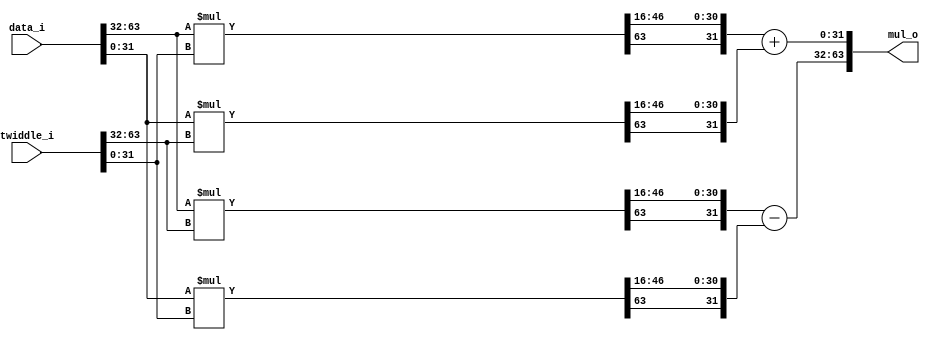
`timescale 1ns / 1ps
//////////////////////////////////////////////////////////////////////////////////
// Company:
// Engineer:
//
// Design Name:
// Module Name: complex_mul
// Project Name: SDF_FFT_1024
// Target Devices:
// Tool Versions:
// Description: Complex Multiplier
//
// Dependencies:
//
// Revision:
// Revision 0.01 - File Created
// Additional Comments:
//
//////////////////////////////////////////////////////////////////////////////////


module complex_mul #(
    parameter   integer     DATA_WIDTH          = 64,
    parameter   integer     TWIDDLE_WIDTH       = 64,
    parameter   integer     TWIDDLE_SCALE_SHIFT = 16
)(
    input   wire    signed  [DATA_WIDTH-1 : 0]      data_i,
    input   wire    signed  [TWIDDLE_WIDTH-1 : 0]   twiddle_i,
    output  wire    signed  [DATA_WIDTH-1 : 0]      mul_o
);

    //-----------------------wire define-----------------------//
    wire    signed  [DATA_WIDTH/2-1 : 0]                  data_real;
    wire    signed  [DATA_WIDTH/2-1 : 0]                  data_imag;
    wire    signed  [TWIDDLE_WIDTH/2-1 : 0]               twiddle_real;
    wire    signed  [TWIDDLE_WIDTH/2-1 : 0]               twiddle_imag;

    wire    signed  [DATA_WIDTH/2+TWIDDLE_WIDTH/2-1 : 0]      drtr;             //data real * twiddle real
    wire    signed  [DATA_WIDTH/2+TWIDDLE_WIDTH/2-1 : 0]      drti;             //data real * twiddle image
    wire    signed  [DATA_WIDTH/2+TWIDDLE_WIDTH/2-1 : 0]      ditr;             //data image * twiddle real
    wire    signed  [DATA_WIDTH/2+TWIDDLE_WIDTH/2-1 : 0]      diti;             //data image * twiddle image

    wire    signed  [DATA_WIDTH/2+TWIDDLE_WIDTH/2-1 : 0]      sc_drtr;          //drtr after scaling
    wire    signed  [DATA_WIDTH/2+TWIDDLE_WIDTH/2-1 : 0]      sc_drti;          //drti after scaling
    wire    signed  [DATA_WIDTH/2+TWIDDLE_WIDTH/2-1 : 0]      sc_ditr;          //ditr after scaling
    wire    signed  [DATA_WIDTH/2+TWIDDLE_WIDTH/2-1 : 0]      sc_diti;          //diti after scaling

    wire    signed  [DATA_WIDTH/2-1 : 0]                  cut_drtr;         //sc_drtr after cut
    wire    signed  [DATA_WIDTH/2-1 : 0]                  cut_drti;         //sc_drti after cut
    wire    signed  [DATA_WIDTH/2-1 : 0]                  cut_ditr;         //sc_ditr after cut
    wire    signed  [DATA_WIDTH/2-1 : 0]                  cut_diti;         //sc_diti after cut

    wire    signed  [DATA_WIDTH/2-1 : 0]                  result_real;      //result real
    wire    signed  [DATA_WIDTH/2-1 : 0]                  result_imag;      //result image

    assign data_real    = data_i[(DATA_WIDTH-1) -: (DATA_WIDTH/2)];
    assign data_imag    = data_i[0 +: (DATA_WIDTH/2)];
    assign twiddle_real = twiddle_i[(TWIDDLE_WIDTH-1) -: (TWIDDLE_WIDTH/2)];
    assign twiddle_imag = twiddle_i[0 +: (TWIDDLE_WIDTH/2)];

    //-----------------------signed mul logic-----------------------//
    assign drtr = data_real * twiddle_real;
    assign drti = data_real * twiddle_imag;
    assign ditr = data_imag * twiddle_real;
    assign diti = data_imag * twiddle_imag;

    //-----------------------scale logic-----------------------//
    assign sc_drtr = drtr >>> TWIDDLE_SCALE_SHIFT;
    assign sc_drti = drti >>> TWIDDLE_SCALE_SHIFT;
    assign sc_ditr = ditr >>> TWIDDLE_SCALE_SHIFT;
    assign sc_diti = diti >>> TWIDDLE_SCALE_SHIFT;

    //-----------------------cut bit logic-----------------------//
    assign cut_drtr = {sc_drtr[DATA_WIDTH/2+TWIDDLE_WIDTH/2-1], sc_drtr[DATA_WIDTH/2-2 : 0]};
    assign cut_drti = {sc_drti[DATA_WIDTH/2+TWIDDLE_WIDTH/2-1], sc_drti[DATA_WIDTH/2-2 : 0]};
    assign cut_ditr = {sc_ditr[DATA_WIDTH/2+TWIDDLE_WIDTH/2-1], sc_ditr[DATA_WIDTH/2-2 : 0]};
    assign cut_diti = {sc_diti[DATA_WIDTH/2+TWIDDLE_WIDTH/2-1], sc_diti[DATA_WIDTH/2-2 : 0]};

    //-----------------------add&sub logic-----------------------//
    //  These sub/add may overflow if unnormalized data is input.
    assign result_real = cut_drtr - cut_diti;
    assign result_imag = cut_drti + cut_ditr;

    //-----------------------mul_o logic-----------------------//
    assign mul_o = {result_real, result_imag};

endmodule